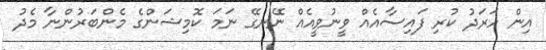
އިން ހަރަދު ކުރި ފައިސާއެއް ވީނުވީއެއް ނޭނގޭ ނަމަ ކޮމިޝަންގެ މެންބަރުންނާ މެދު